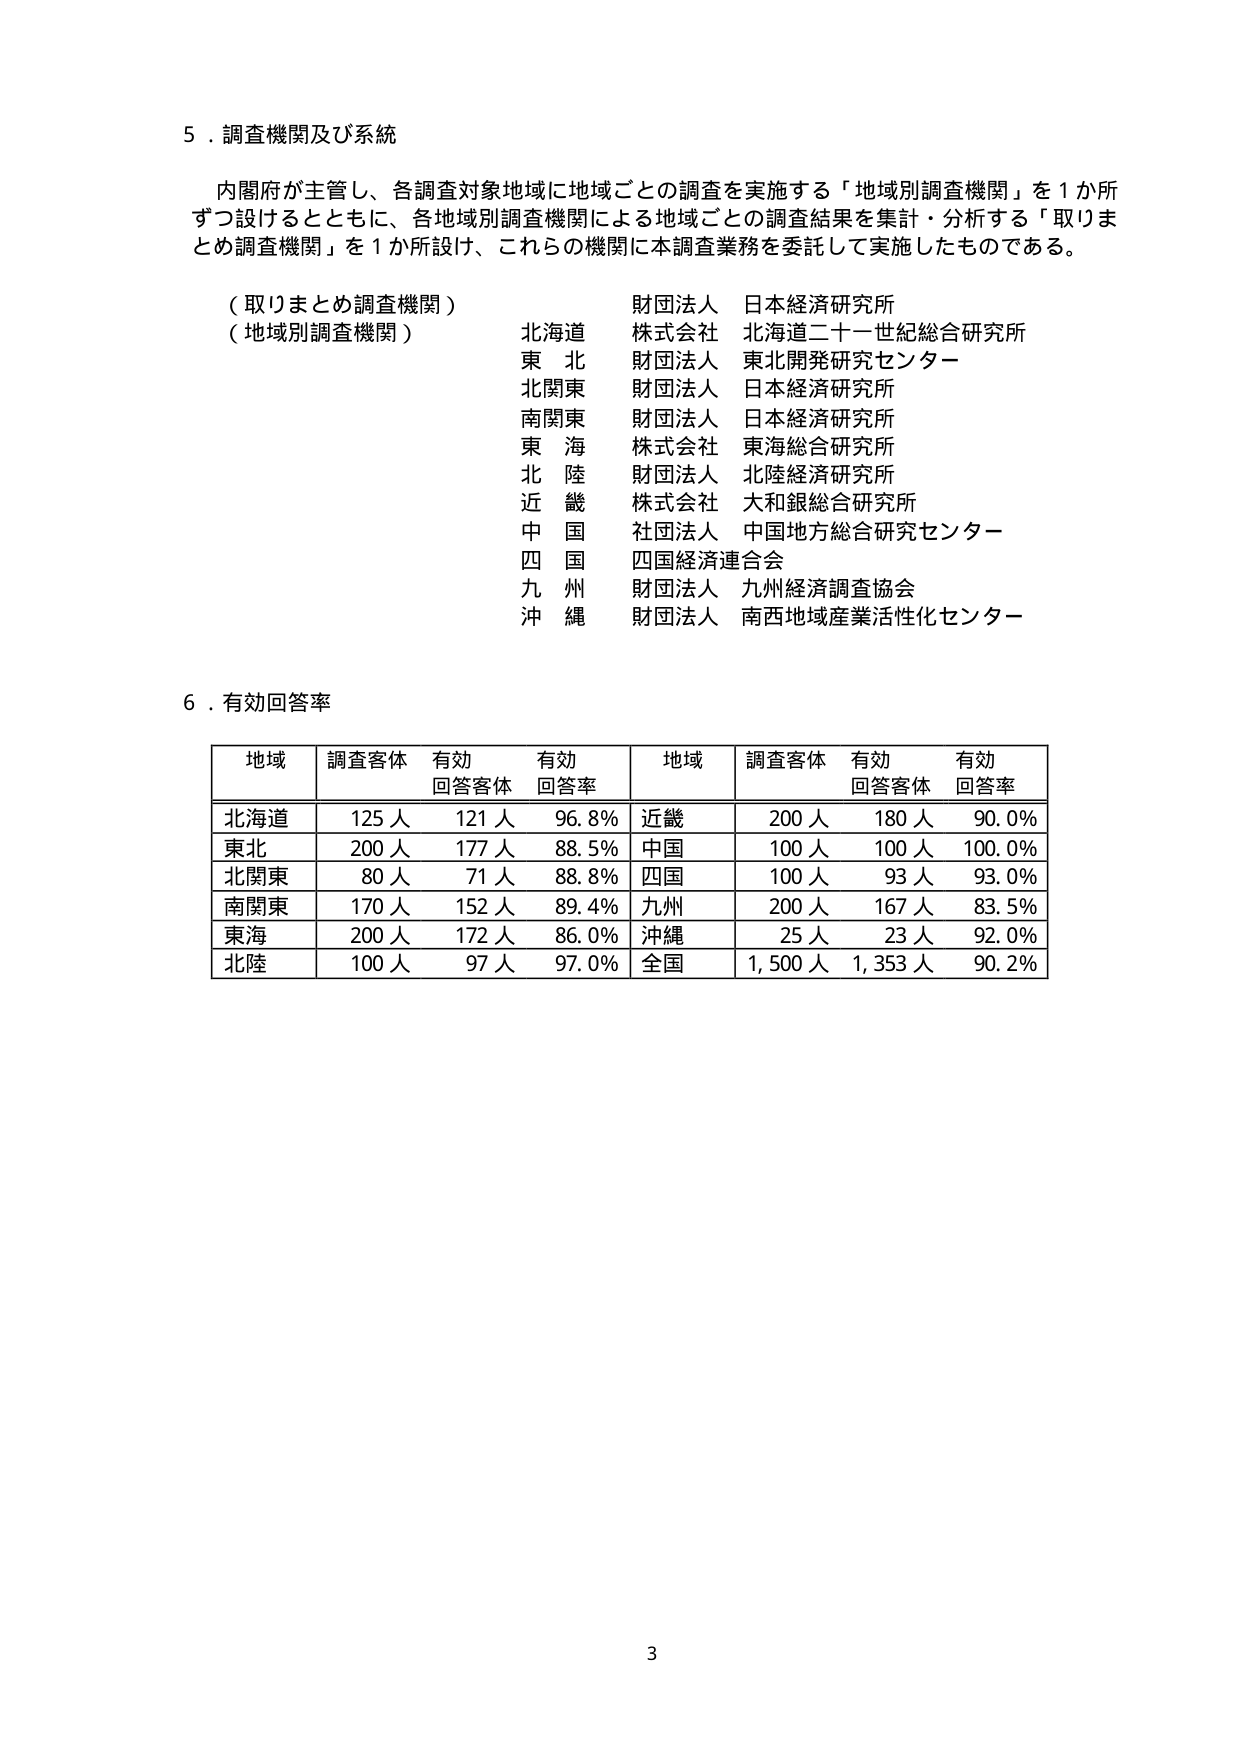
5．調査機関及び系統

内閣府が主管し、各調査対象地域に地域ごとの調査を実施する「地域別調査機関」を1か所ずつ設けるとともに、各地域別調査機関による地域ごとの調査結果を集計・分析する「取りまとめ調査機関」を1か所設け、これらの機関に本調査業務を委託して実施したものである。

（取りまとめ調査機関）
財団法人 日本経済研究所

（地域別調査機関）
北海道 株式会社 北海道二十一世紀総合研究所
東北 財団法人 東北開発研究センター
北関東 財団法人 日本経済研究所
南関東 財団法人 日本経済研究所
東海 株式会社 東海総合研究所
北陸 財団法人 北陸経済研究所
近畿 株式会社 大和銀総合研究所
中国 社団法人 中国地方総合研究センター
四国 四国経済連合会
九州 財団法人 九州経済調査協会
沖縄 財団法人 南西地域産業活性化センター

6．有効回答率

地域 調査客体 有効回答客体 有効回答率 地域 調査客体 有効回答客体 有効回答率
北海道 125人 121人 96.8% 近畿 200人 180人 90.0%
東北 200人 177人 88.5% 中国 100人 100人 100.0%
北関東 80人 71人 88.8% 四国 100人 93人 93.0%
南関東 170人 152人 89.4% 九州 200人 167人 83.5%
東海 200人 172人 86.0% 沖縄 25人 23人 92.0%
北陸 100人 97人 97.0% 全国 1,500人 1,353人 90.2%

3